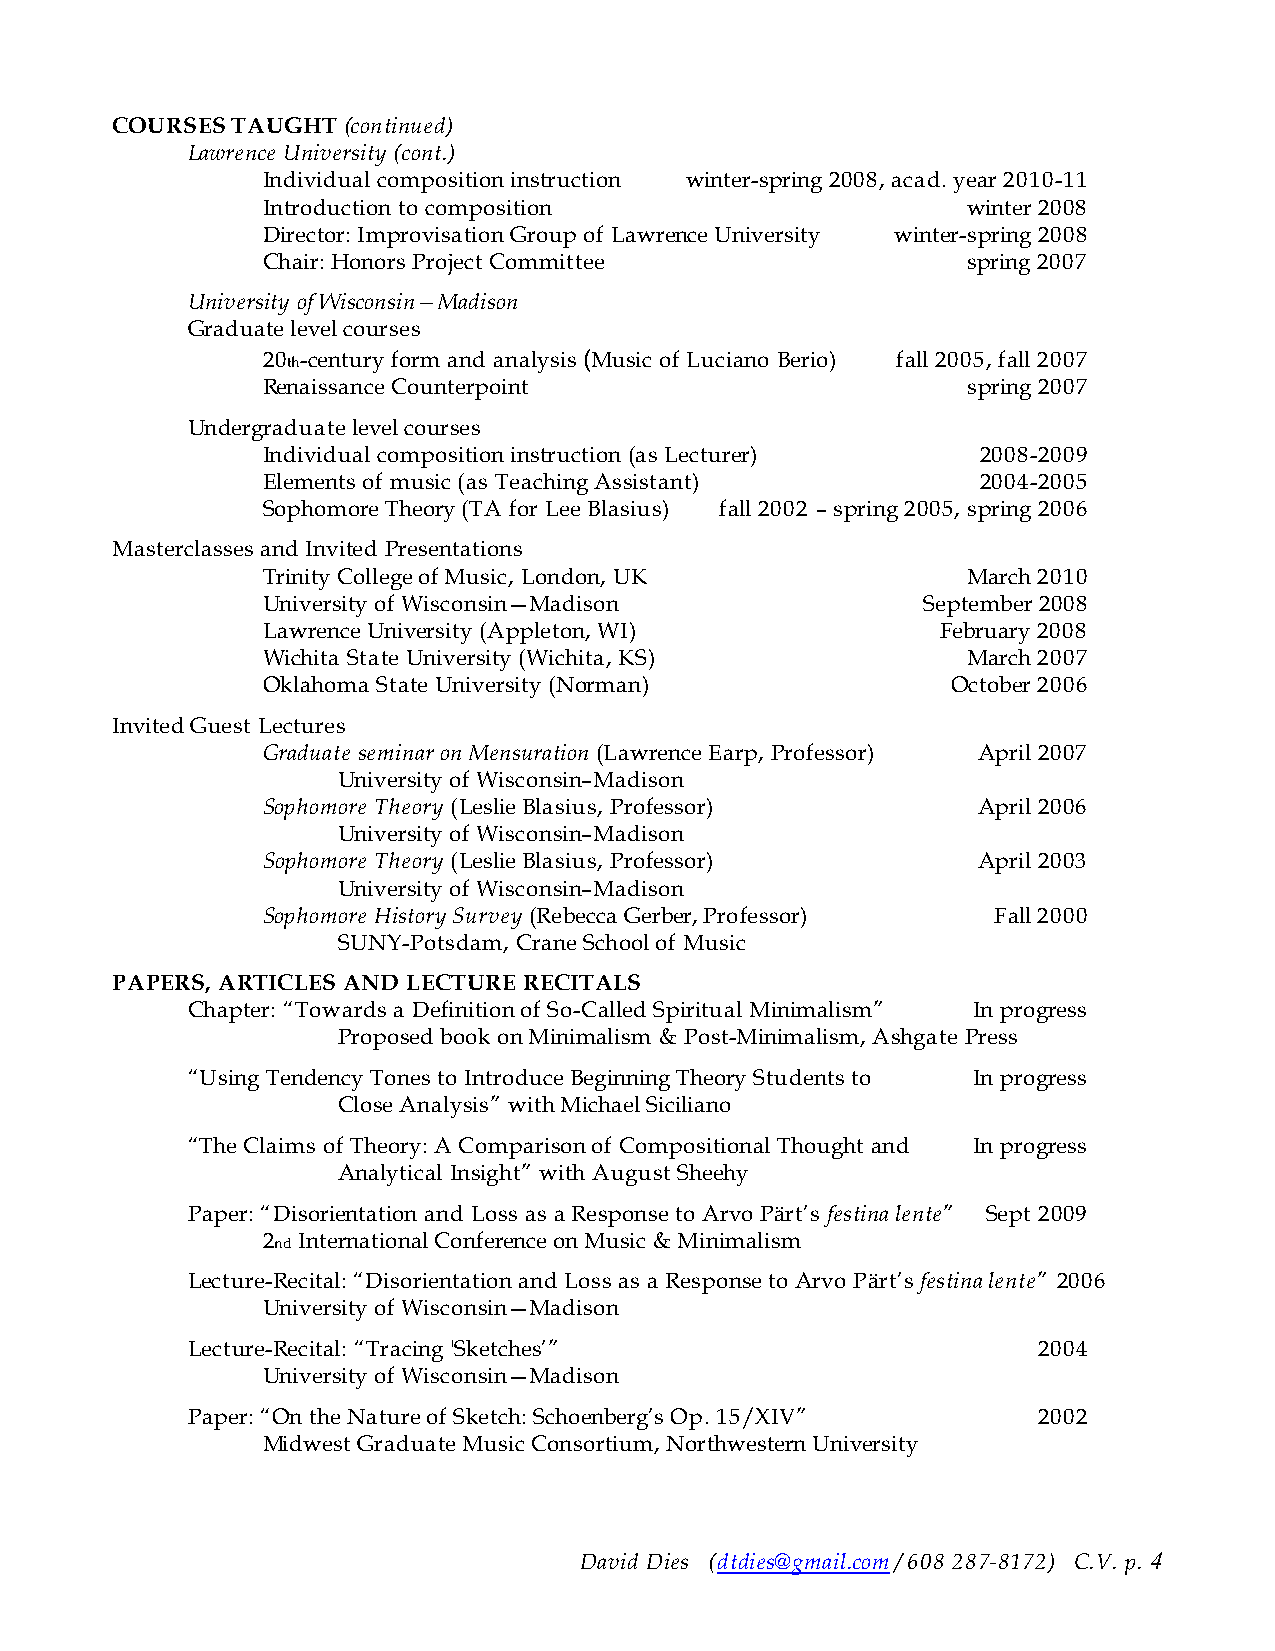
COURSES TAUGHT  (continued)
 Lawrence University (cont.)
 Individual composition instruction winter-spring 2008, acad. year 2010-11
 Introduction to composition                    winter 2008
 Director: Improvisation Group of Lawrence University winter-spring 2008
 Chair: Honors Project Committee                spring 2007
 University of Wisconsin—Madison
 Graduate level courses
 20th-century form and analysis (Music of Luciano Berio) fall 2005, fall 2007
 Renaissance Counterpoint                       spring 2007
 Undergraduate level courses
 Individual composition instruction (as Lecturer) 2008-2009
 Elements of music (as Teaching Assistant)       2004-2005
 Sophomore Theory (TA for Lee Blasius) fall 2002 – spring 2005, spring 2006
 Masterclasses and Invited Presentations
 Trinity College of Music, London, UK           March 2010
 University of Wisconsin—Madison             September 2008
 Lawrence University (Appleton, WI)           February 2008
 Wichita State University (Wichita, KS)         March 2007
 Oklahoma State University (Norman)            October 2006
 Invited Guest Lectures
 Graduate seminar on Mensuration (Lawrence Earp, Professor) April 2007
 University of Wisconsin–Madison
 Sophomore Theory (Leslie Blasius, Professor)    April 2006
 University of Wisconsin–Madison
 Sophomore Theory (Leslie Blasius, Professor)    April 2003
 University of Wisconsin–Madison
 Sophomore History Survey (Rebecca Gerber, Professor) Fall 2000
 SUNY-Potsdam, Crane School of Music
 PAPERS, ARTICLES AND LECTURE RECITALS
 Chapter: “Towards a Definition of So-Called Spiritual Minimalism” In progress
 Proposed book on Minimalism & Post-Minimalism, Ashgate Press
 “Using Tendency Tones to Introduce Beginning Theory Students to In progress
 Close Analysis” with Michael Siciliano
 “The Claims of Theory: A Comparison of Compositional Thought and In progress
 Analytical Insight” with August Sheehy
 Paper: “Disorientation and Loss as a Response to Arvo Pärt’s festina lente” Sept 2009
 2nd International Conference on Music & Minimalism
 Lecture-Recital: “Disorientation and Loss as a Response to Arvo Pärt’s festina lente” 2006
 University of Wisconsin—Madison
 Lecture-Recital: “Tracing 'Sketches’”                    2004
 University of Wisconsin—Madison
 Paper: “On the Nature of Sketch: Schoenberg’s Op. 15/XIV” 2002
 Midwest Graduate Music Consortium, Northwestern University
 David Dies (dtdies@gmail.com / 608 287-8172) C.V. p. 4